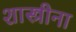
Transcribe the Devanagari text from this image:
शास्त्रीना